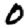
Digit: 0